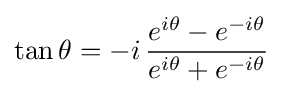
\tan \theta =-i\,{\frac {e^{i\theta }-e^{-i\theta }}{e^{i\theta }+e^{-i\theta }}}